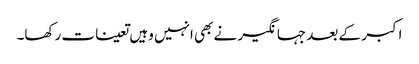
اکبر کے بعد جہانگیر نے بھی انہیں وہیں تعینات رکھا۔